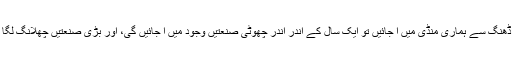
یہ ایک سو ارب روپے ڈھنگ سے ہماری منڈی میں آ جائیں تو ایک سال کے اندر اندر چھوٹی صنعتیں وجود میں آ جائیں گی، اور بڑی صنعتیں چھلانگ لگا کر آگے بڑھ جائیں گی۔